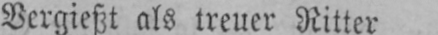
Vergießt als treuer Ritter